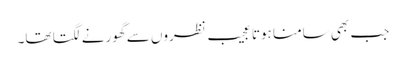
جب بھی سامنا ہوتا عجیب نظروں سے گھورنے لگتا تھا۔